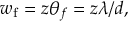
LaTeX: w _ { \mathrm { f } } = z \theta _ { f } = z \lambda / d ,